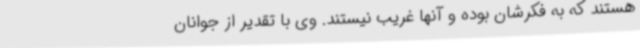
هستند که به فکرشان بوده و آنها غریب نیستند. وی با تقدیر از جوانان